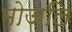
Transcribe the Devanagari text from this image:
मोज़लि